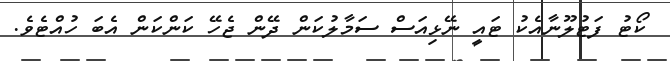
ކޯޓު ފަޓުލޫނާއެކު ޓައީ ނޭޅިއަސް ސަމާލުކަން ދޭން ޖެހޭ ކަންކަން އެބަ ހުއްޓެވެ.